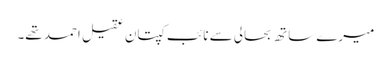
میرے ساتھ بحالی سے نائب کپتان عقیل احمد تھے۔